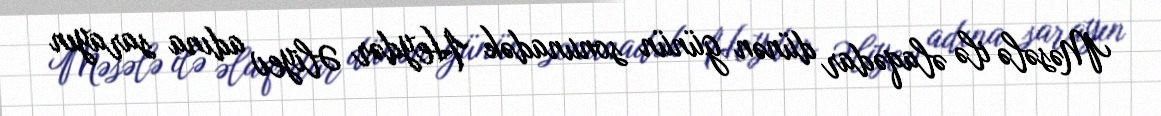
Məsələ ilə əlaqədar dünən günün sonunadək Heydər Əliyev adına sarayın